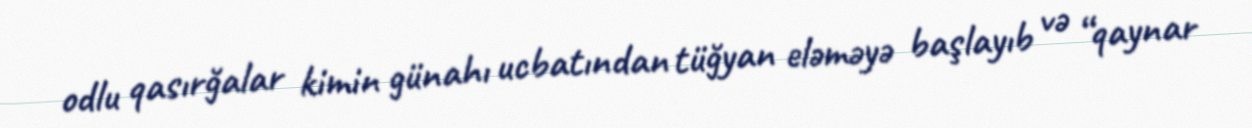
odlu qasırğalar kimin günahı ucbatından tüğyan eləməyə başlayıb və “qaynar